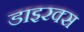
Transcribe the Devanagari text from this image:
डाइरक्स